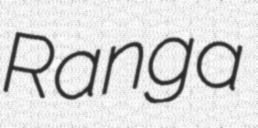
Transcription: Ranga